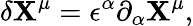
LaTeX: \delta\mathbf{X}^{\mu}=\epsilon^{\alpha}\partial_{\alpha}\mathbf{X}^{\mu},